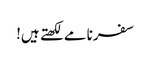
سفرنامے لکھتے ہیں!